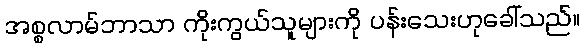
အစ္စလာမ်ဘာသာ ကိုးကွယ်သူများကို ပန်းသေးဟုခေါ်သည်။